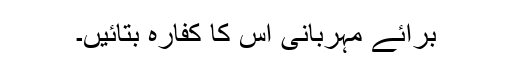
برائے مہربانی اس کا کفارہ بتائیں۔